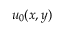
u _ { 0 } ( x , y )